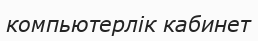
компьютерлік кабинет